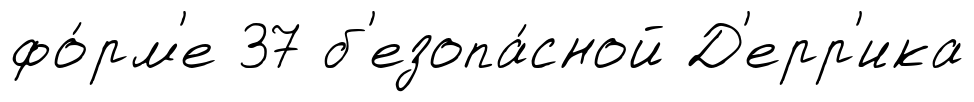
фо́рм'е 37 б'езопа́сной Д'ерр'ика